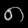
Digit: ၈